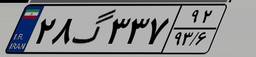
۲۸گ۳۳۷۹۲